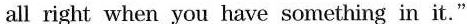
all right when you have something in it."